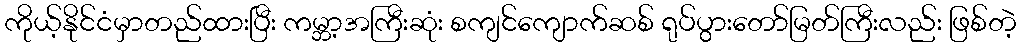
ကိုယ့်နိုင်ငံမှာတည်ထားပြီး ကမ္ဘာ့အကြီးဆုံး စကျင်ကျောက်ဆစ် ရုပ်ပွားတော်မြတ်ကြီးလည်း ဖြစ်တဲ့